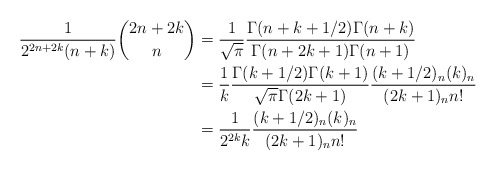
\begin{align*}\frac{1}{2^{2n+2k}(n+k)}\binom{2n+2k}{n} &= \frac{1}{\sqrt{\pi}}\frac{\Gamma(n+k+1/2)\Gamma(n+k)}{\Gamma(n+2k+1)\Gamma(n+1)}\\& = \frac{1}{k}\frac{\Gamma(k+1/2)\Gamma(k+1)}{\sqrt{\pi}\Gamma(2k+1)} \frac{(k+1/2)_n(k)_n}{(2k+1)_nn!}\\& = \frac{1}{2^{2k}k} \frac{(k+1/2)_n(k)_n}{(2k+1)_nn!}\end{align*}